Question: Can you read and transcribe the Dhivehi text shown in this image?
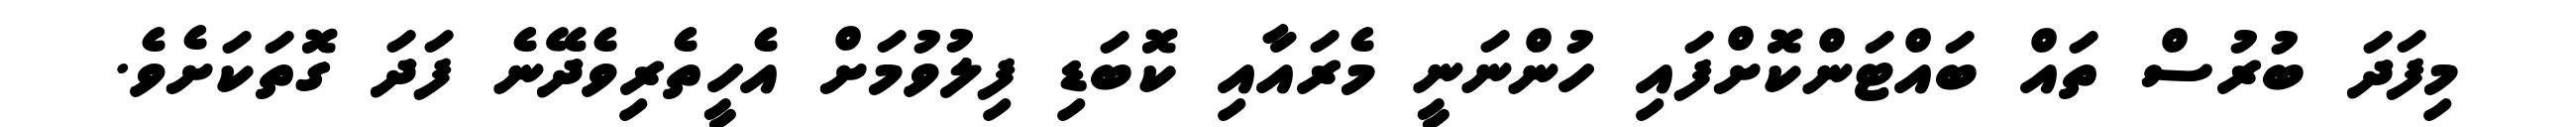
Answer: މިފަދަ ބުރުސް ތައް ބައްޓަންކޮށްފައި ހުންނަނީ މެރައާއި ކޮބަޑި ފިލުވުމަށް އެހީތެރިވެދޭނެ ފަދަ ގޮތަކަށެވެ.